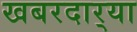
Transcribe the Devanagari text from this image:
खबरदार्‍या